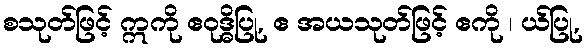
စသုတ်ဖြင့် ဣကို ဧဝုဒ္ဓိပြု, ဧ အယသုတ်ဖြင့် ဧကို ၊ ယ်ပြု,